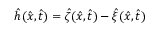
\hat { h } ( \hat { x } , \hat { t } ) = \hat { \zeta } ( \hat { x } , \hat { t } ) - \hat { \xi } ( \hat { x } , \hat { t } )